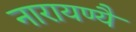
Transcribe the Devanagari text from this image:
नारायण्यै